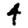
Digit: 4